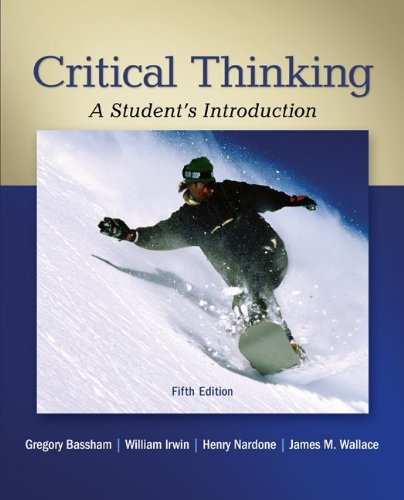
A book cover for Critical Thinking: A Student's Introduction; Gregory Bassham; Politics & Social Sciences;